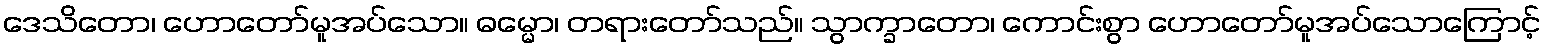
ဒေသိတော၊ ဟောတော်မူအပ်သော။ ဓမ္မော၊ တရားတော်သည်။ သွာက္ခာတော၊ ကောင်းစွာ ဟောတော်မူအပ်သောကြောင့်